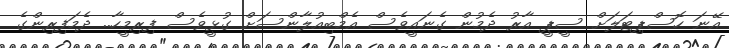
އޭނަ ހޮސްޕިޓަލަށް ސީޕީ އާރު ދެމުން ގެނައީވެސް އެމްބިއުލާންސަށް ގުޅީވެސް ފިރިމީހާ.. ދެމަފިރިންގެ